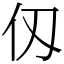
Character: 仭